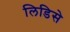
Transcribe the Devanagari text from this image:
लिडिसे